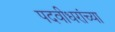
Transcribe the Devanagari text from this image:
पदवीधरांच्या